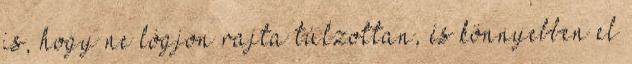
is, hogy ne lógjon rajta túlzottan, és könnyebben el